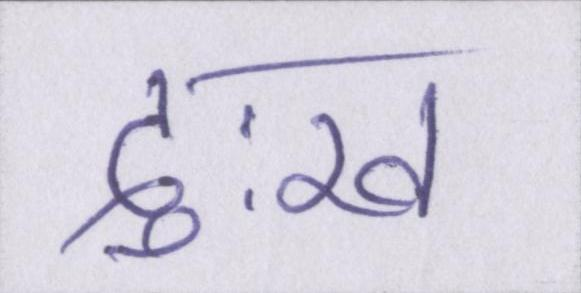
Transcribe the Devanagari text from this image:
दुःख